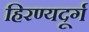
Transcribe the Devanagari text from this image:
हिरण्यदूर्ग